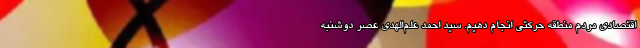
اقتصادی مردم منطقه حرکتی انجام دهیم. سید احمد علم‌الهدی عصر دوشنبه